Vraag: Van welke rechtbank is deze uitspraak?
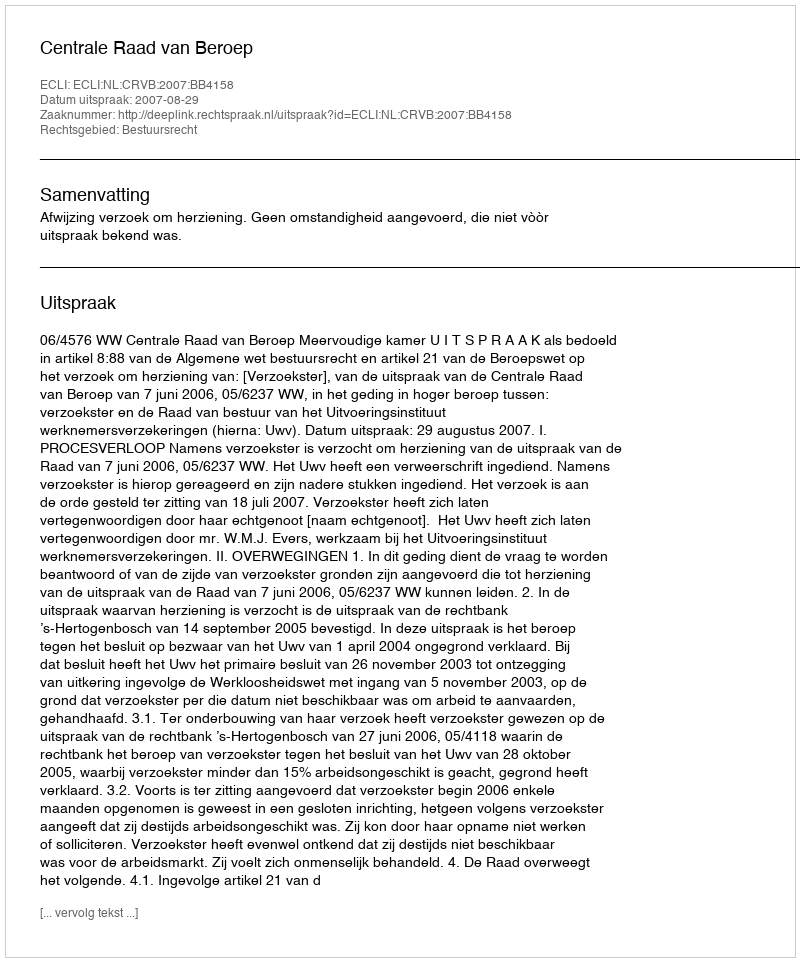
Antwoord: Centrale Raad van Beroep